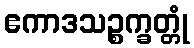
ဧကာဒသဉ္စက္ခတ္တုံ